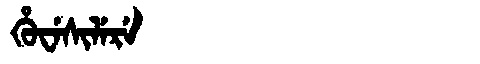
Manchu: ᡥᡠᠸᡝᠰᡳᠯᡝᡵᡝ
Romanization: HUWESILERE